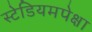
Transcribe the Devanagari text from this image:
स्टेडियमपेक्षा